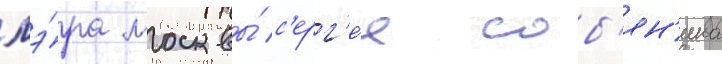
мэ́ра москвы́ с'ерг'е́я соб'ян'ина